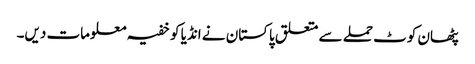
پٹھان کوٹ حملے سے متعلق پاکستان نے انڈیا کو خفیہ معلومات دیں۔